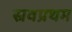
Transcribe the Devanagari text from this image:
स्रवप्रथम